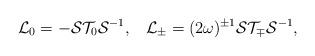
LaTeX: \begin{align*}{\cal L}_{0}=-{\cal S}{\cal T}_{0}{\cal S}^{-1},\;\;\;{\cal L}_{\pm}=(2\omega)^{\pm 1}{\cal S}{\cal T}_{\mp}{\cal S}^{-1} ,\end{align*}